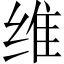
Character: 维